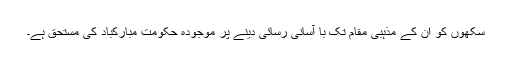
سکھوں کو ان کے مذہبی مقام تک با آسانی رسائی دینے پر موجودہ حکومت مبارکباد کی مستحق ہے۔